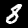
Label: 8